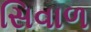
સિવાળ